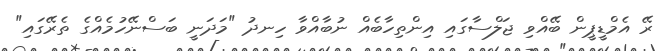
ރޭ އެމްޑީޕީން ބޭއްވި ޖަލްސާގައި އިންތިހާބެއް ނުބާއްވާ ހިނދު "މަދަނީ ބަސްނޭހުމެއްގެ ތެރޭގައި"